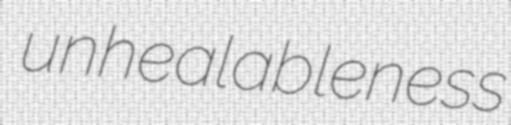
unhealableness